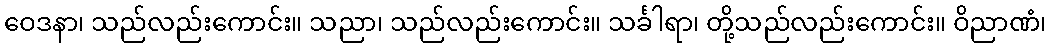
ဝေဒနာ၊ သည်လည်းကောင်း။ သညာ၊ သည်လည်းကောင်း။ သင်္ခါရာ၊ တို့သည်လည်းကောင်း။ ဝိညာဏံ၊